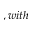
, w i t h